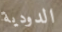
الدودية